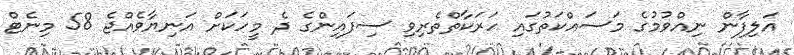
އަލިފާން ނިއްވުމުގެ މަސައްކަތުގައި ހަރަކާތްތެރިވި ސިފައިންގެ ދެ މީހަކަށް އަނިޔާވެއްޖެ 58 މިނެޓް